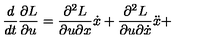
\frac { d } { d t } \frac { \partial L } { \partial u } = \frac { \partial ^ { 2 } L } { \partial u \partial x } \dot { x } + \frac { \partial ^ { 2 } L } { \partial u \partial \dot { x } } \ddot { x } +